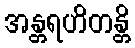
အန္တရဟိတန္တိ